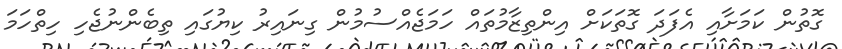
ގޮތުން ކަމަށާއި އެފަދަ ގޮތަކަށް އިންތިޒާމުތައް ހަމަޖެއްސުމުން ގިނައިރު ކިޔުގައި ތިބެންނުޖެހި ހިތްހަމަ